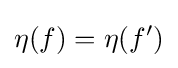
{\mathcal {}}\eta (f)=\eta (f')